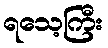
ရသေ့ကြီး